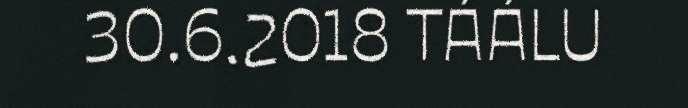
30.6.2018 TÁÁLU